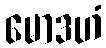
မောဒဟံ